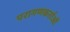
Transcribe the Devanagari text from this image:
परागणकर्ताओं